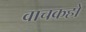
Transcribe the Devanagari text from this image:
वाचकहो